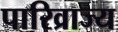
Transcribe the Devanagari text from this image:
पारिव्राज्य